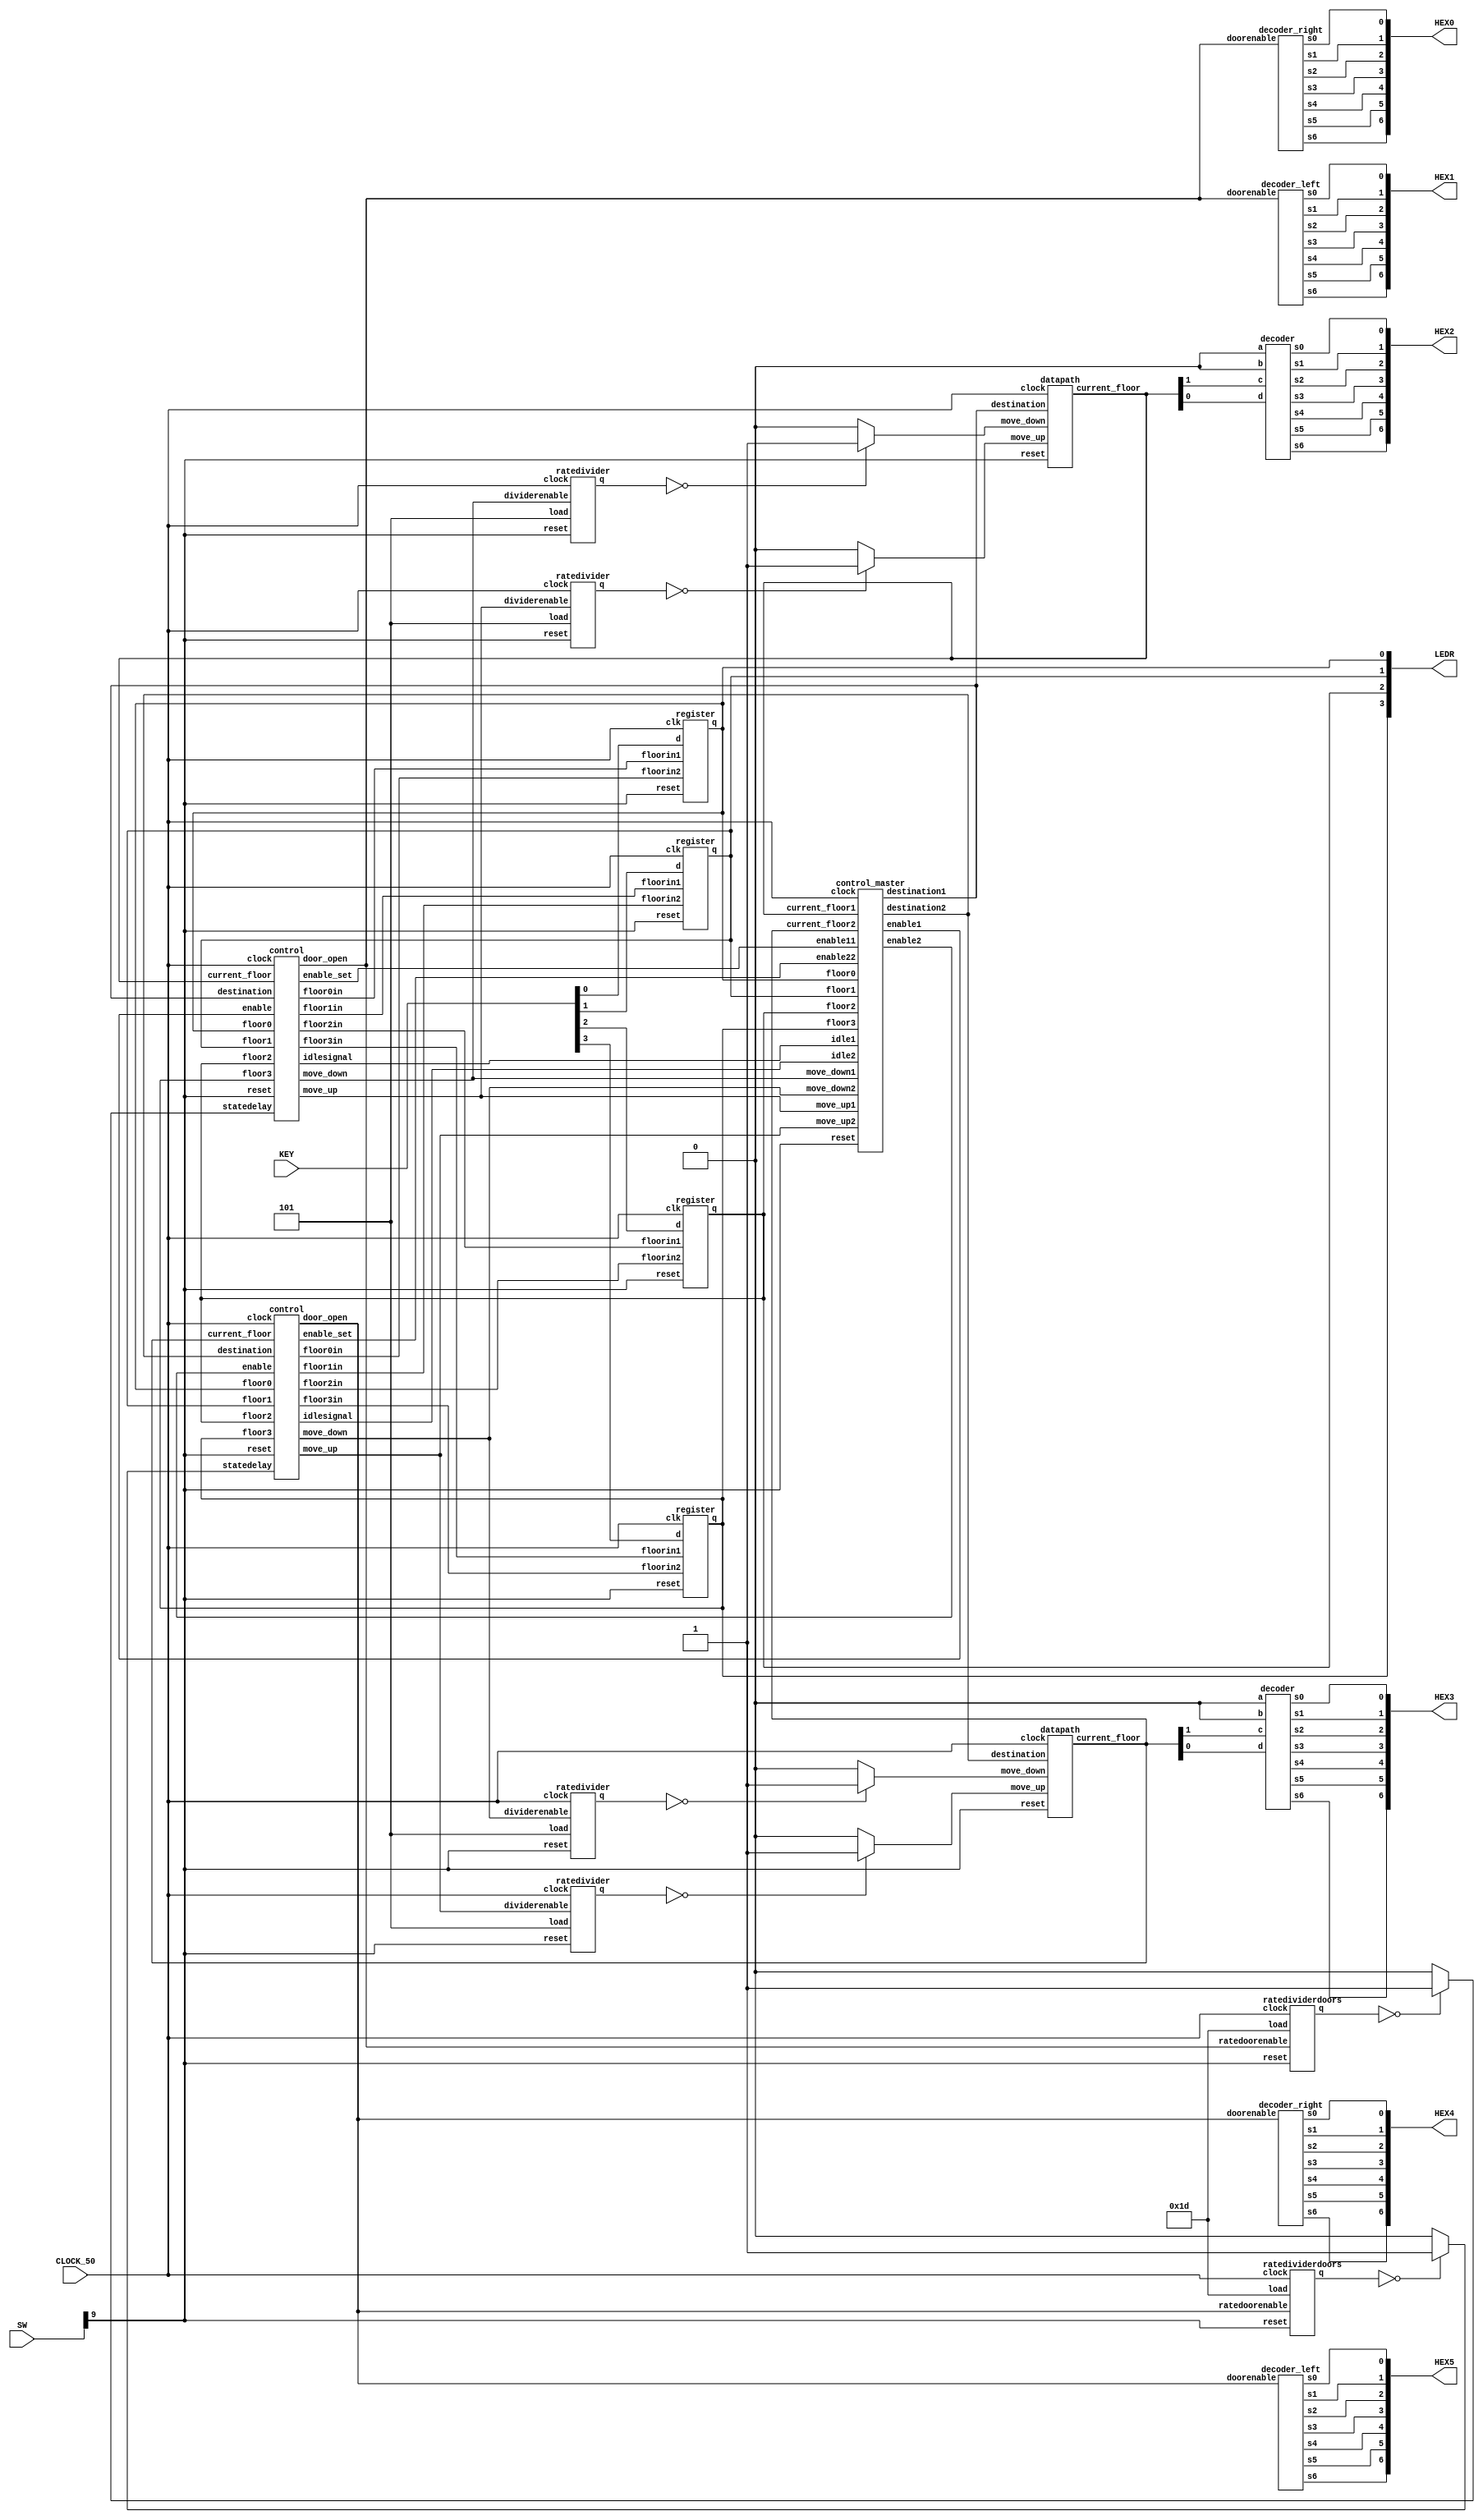
module elevator5(LEDR,SW,KEY, CLOCK_50, HEX2, HEX3,HEX0, HEX1, HEX4, HEX5);

	input [9:0] SW;
   input [3:0] KEY;
	output[9:0] LEDR;
	input CLOCK_50;
	output[6:0] HEX0, HEX1, HEX2, HEX3, HEX4, HEX5;
	wire [1:0] destination1, destination2;
	wire [1:0] current_floor1, current_floor2;

	//wire [25:0] rate_out1,rate_out2;
	wire [2:0] rate_out_up1,rate_out_down1;
	wire [2:0] rate_out_up2,rate_out_down2;

	//wire [27:0] rate_door1;
	wire[4:0] rate_door1, rate_door2;
	wire move_up1, move_down1,door_open1,statedelay1;
	wire move_up2, move_down2,door_open2,statedelay2;
	
	wire enable_11,enable_22;

	wire displayen_up1, displayen_down1;
	wire displayen_up2, displayen_down2;
	
	wire floor0,floor1,floor2,floor3;
	
	wire floor0ine1, floor1ine1, floor2ine1, floor3ine1;
	wire floor0ine2, floor1ine2, floor2ine2, floor3ine2;

	wire control_en1,control_en2;
	wire idle1, idle2;
	
   register fl0(.d(KEY[0]),
	             .floorin1(floor0ine1),
					 .floorin2(floor0ine2),
						 .clk(CLOCK_50),
						 .reset(SW[9]),
						 .q(floor0));
						 
	register fl1(.d(KEY[1]),
		             .floorin1(floor1ine1),
						 .floorin2(floor1ine2),
						 .clk(CLOCK_50),
						 .reset(SW[9]),
						 .q(floor1));
						 
	register fl2(.d(KEY[2]),
						 .floorin1(floor2ine1),
						 .floorin2(floor2ine2),
						 .clk(CLOCK_50),
						 .reset(SW[9]),
						 .q(floor2));
						 
	register fl3(.d(KEY[3]),
		             .floorin1(floor3ine1),
						 .floorin2(floor3ine2),
						 .clk(CLOCK_50),
						 .reset(SW[9]),
						 .q(floor3));
						 
	assign LEDR[0] = floor0;
	assign LEDR[1] = floor1;
	assign LEDR[2] = floor2;
	assign LEDR[3] = floor3;
	
	control c1(.clock(CLOCK_50),
				  .reset(SW[9]),
				  .move_up(move_up1),
				  .move_down(move_down1),
				  .current_floor(current_floor1),
				  .destination(destination1),
				  .door_open(door_open1),
				  .statedelay(statedelay1),
				  .idlesignal(idle1),
				  .enable(control_enable1),
				  .floor0in(floor0ine1),
				  .floor1in(floor1ine1),
				  .floor2in(floor2ine1),
				  .floor3in(floor3ine1),
				  .floor0(floor0),
				  .floor1(floor1),
				  .floor2(floor2),
				  .floor3(floor3),
				  .enable_set(enable_11));
	
	control c2(.clock(CLOCK_50),
				  .reset(SW[9]),
				  .move_up(move_up2),
				  .move_down(move_down2),
				  .current_floor(current_floor2),
				  .destination(destination2),
				  .door_open(door_open2),
				  .statedelay(statedelay2),
				  .idlesignal(idle2),
				  .enable(control_enable2),
				  .floor0in(floor0ine2),
				  .floor1in(floor1ine2),
				  .floor2in(floor2ine2),
				  .floor3in(floor3ine2),
				  .floor0(floor0),
				  .floor1(floor1),
				  .floor2(floor2),
				  .floor3(floor3),
				  .enable_set(enable_22));
				  
	control_master cm(.current_floor1(current_floor1),
							.current_floor2(current_floor2),
							.destination1(destination1),
							.destination2(destination2),
							.idle1(idle1),
							.idle2(idle2),
							.enable1(control_enable1),
							.enable2(control_enable2),
							.floor0(floor0),
							.floor1(floor1),
							.floor2(floor2),
							.floor3(floor3),
							.reset(SW[9]),
							.clock(CLOCK_50),
							.move_up1(move_up1),
							.move_up2(move_up2),
							.move_down1(move_down1),
							.move_down2(move_down2),
							.enable11(enable_11),
							.enable22(enable_22));
							
	ratedivider r0(.dividerenable(move_up1),
						 .clock(CLOCK_50),
					    .reset(SW[9]),
						 .q(rate_out_up1),
						 //.load(26'b1011111010111100001000000));
						 .load(3'b101));
		
	ratedivider r1(.dividerenable(move_down1),
						 .clock(CLOCK_50),
					    .reset(SW[9]),
						 .q(rate_out_down1),
						 //.load(26'b1011111010111100001000000));
						 .load(3'b101));
	
	ratedividerdoors r2(.ratedoorenable(door_open1),
						 .clock(CLOCK_50),
					    .reset(SW[9]),
						 .q(rate_door1),
						 //.load(28'b1000111100001101000110000000));
						 .load(5'b11101));
	
	ratedivider r3(.dividerenable(move_up2),
						 .clock(CLOCK_50),
					    .reset(SW[9]),
						 .q(rate_out_up2),
						 //.load(26'b1011111010111100001000000));
						 .load(3'b101));
		
	ratedivider r4(.dividerenable(move_down2),
						 .clock(CLOCK_50),
					    .reset(SW[9]),
						 .q(rate_out_down2),
						 //.load(26'b1011111010111100001000000));
						 .load(3'b101));
	
	ratedividerdoors r5(.ratedoorenable(door_open2),
						 .clock(CLOCK_50),
					    .reset(SW[9]),
						 .q(rate_door2),
						 //.load(28'b1000111100001101000110000000));
						 .load(5'b11101));
		
	//assign displayen_up = (rate_out1 == 26'b00000000000000000000000000) ? 1'b1 : 1'b0;
	assign displayen_up1 = (rate_out_up1 == 3'b000) ? 1'b1 : 1'b0;
	//assign displayen_down = (rate_out2 == 26'b00000000000000000000000000) ? 1'b1 : 1'b0;
	assign displayen_down1 = (rate_out_down1 == 3'b000) ? 1'b1 : 1'b0;
	
	assign displayen_up2 = (rate_out_up2 == 3'b000) ? 1'b1 : 1'b0;
	assign displayen_down2 = (rate_out_down2 == 3'b000) ? 1'b1 : 1'b0;



	datapath data1(.clock(CLOCK_50),
						.move_up(displayen_up1),
						.move_down(displayen_down1),
						.destination(destination1),
						.current_floor(current_floor1),
						.reset(SW[9]));
	
	datapath data2(.clock(CLOCK_50),
						.move_up(displayen_up2),
						.move_down(displayen_down2),
						.destination(destination2),
						.current_floor(current_floor2),
						.reset(SW[9]));
	
	decoder_right dc0(.doorenable(door_open1),
								 .s0(HEX0[0]),
								 .s1(HEX0[1]),
								 .s2(HEX0[2]),
								 .s3(HEX0[3]),
								 .s4(HEX0[4]),
								 .s5(HEX0[5]),
								 .s6(HEX0[6]));
			
	decoder_left dc1(.doorenable(door_open1),
								 .s0(HEX1[0]),
								 .s1(HEX1[1]),
								 .s2(HEX1[2]),
								 .s3(HEX1[3]),
								 .s4(HEX1[4]),
								 .s5(HEX1[5]),
								 .s6(HEX1[6]));
								 
	decoder dc2(	.a(1'b0),
					   .b(1'b0),
						.c(current_floor1[1]),
						.d(current_floor1[0]),
						.s0(HEX2[0]),
						.s1(HEX2[1]),
						.s2(HEX2[2]),
						.s3(HEX2[3]),
						.s4(HEX2[4]),
						.s5(HEX2[5]),
						.s6(HEX2[6]));
	
	decoder_right dc4(.doorenable(door_open2),
								 .s0(HEX4[0]),
								 .s1(HEX4[1]),
								 .s2(HEX4[2]),
								 .s3(HEX4[3]),
								 .s4(HEX4[4]),
								 .s5(HEX4[5]),
								 .s6(HEX4[6]));
			
	decoder_left dc5(.doorenable(door_open2),
								 .s0(HEX5[0]),
								 .s1(HEX5[1]),
								 .s2(HEX5[2]),
								 .s3(HEX5[3]),
								 .s4(HEX5[4]),
								 .s5(HEX5[5]),
								 .s6(HEX5[6]));
								 
	decoder dc3(	.a(1'b0),
						.b(1'b0),
						.c(current_floor2[1]),
						.d(current_floor2[0]),
						.s0(HEX3[0]),
						.s1(HEX3[1]),
						.s2(HEX3[2]),
						.s3(HEX3[3]),
						.s4(HEX3[4]),
						.s5(HEX3[5]),
						.s6(HEX3[6]));
		
	//assign statedelay = (rate_door1 == 28'b0000000000000000000000000000) ? 1'b1 : 1'b0;
	assign statedelay1 = (rate_door1 == 5'b00000) ? 1'b1 : 1'b0;
	assign statedelay2 = (rate_door2 == 5'b00000) ? 1'b1 : 1'b0;
endmodule

module datapath(clock,move_up,move_down,destination,reset,current_floor);
		input clock,move_up,move_down,reset;
		input [1:0] destination;
		output reg [1:0] current_floor;
	
		always @(posedge clock)
						begin
						  if (reset == 1'b1)
								begin
								current_floor <= 2'b00;
								end
						  else if (move_up == 1'b1 && (current_floor < destination))
									current_floor <= current_floor + 2'b01;
						  else if(move_down == 1'b1 && (current_floor > destination))
									current_floor <= current_floor - 2'b01;				
						end
endmodule

module ratedivider(dividerenable,clock,reset,q,load);
	//input [25:0] load;
	input[2:0] load;
	input dividerenable, clock, reset;
	//output reg [25:0] q;
	output reg [2:0] q;
	
	always @(posedge clock)
	begin
		if (reset == 1'b1)
				q <= load;
		//else if (q == 26'b000000000000000000000000)		
		else if (q == 3'b000)
				q <= load;
		else if (dividerenable == 1'b1)
				q <= q - 1'b1;
	end
endmodule

module decoder(a, b, c, d, s0, s1, s2, s3, s4, s5, s6);

	input a;
	input b;
	input c;
	input d;
	output s0;
	output s1;
	output s2;
	output s3;
	output s4;
	output s5;
	output s6;
	
	//Reduced boolean expression for each segment
		assign s0 = ~a & ~b & ~c & d |
					~a & b & ~c & ~d |
					a & ~b & c & d |
					a & b & ~c & d;
				
		assign s1 =	b & c & ~d |
					a & c & d |
					a & b & ~d |
					~a & b & ~c & d;
					
		assign s2 = a & b & ~d |
					a & b & c |
					~a & ~b & c & ~d;
	
		assign s3 = b & c & d |
					~a & ~b & ~c & d |
					~a & b & ~c & ~d |
					a & ~b & c & ~d;

		assign s4 = ~a & d |
					~b & ~c & d |
					~a & b & ~c;

		assign s5 = ~a & ~b & d |
					~a & ~b & c |
					~a & c & d |
					a & b & ~c & d;
			
		assign s6 = ~a & ~b & ~c |
					~a & b & c & d |
					a & b & ~c & ~d;
			
endmodule

module control(clock,go,reset,destination,current_floor,move_up,move_down,door_open,statedelay,enable_set, idlesignal, floor0in, floor1in,floor2in,floor3in, floor1, floor2, floor3,floor0,enable);
			
			
	 input clock,go,reset,statedelay,enable, floor1,floor2,floor3,floor0;
	 input[1:0] current_floor,destination;
	 output reg move_up,move_down,door_open,idlesignal,floor0in, floor1in,floor2in,floor3in,enable_set;
	 reg[1:0] current_state, next_state;
	 
    localparam idle=3'd0, moveup=3'd1, movedown=3'd2, dooropen=3'd3;
			
    //state table
    always@(*)
    begin
          case(current_state)
                  idle: begin
						   if(destination < current_floor)
								  next_state= movedown;
							else if(destination > current_floor)
								  next_state= moveup;
							else if(current_floor == destination && enable == 1'b1)
								  next_state = dooropen;
							else if (enable == 1'b0) 
							  next_state = idle;
							else
							     next_state = idle;
						end
						moveup: next_state = (current_floor==destination) ? dooropen : moveup;
//						moveup: begin
//							if (current_floor == 2'b00 && floor0 == 1'b1)
//								next_state = dooropen;
//							else if (current_floor == 2'b01 && floor1 == 1'b1)
//								next_state = dooropen;
//							else if (current_floor == 2'b10 && floor2 == 1'b1)
//								next_state = dooropen;
//							else if (current_floor == 2'b11 && floor3 == 1'b1)
//								next_state = dooropen;
//							else
//								next_state = moveup;
//							end
						movedown: next_state = (current_floor==destination) ? dooropen : movedown;
//						movedown: begin
//							if (current_floor == 2'b00 && floor0 == 1'b1)
//								next_state = dooropen;
//							else if (current_floor == 2'b01 && floor1 == 1'b1)
//								next_state = dooropen;
//							else if (current_floor == 2'b10 && floor2 == 1'b1)
//								next_state = dooropen;
//							else if (current_floor == 2'b11 && floor3 == 1'b1)
//								next_state = dooropen;
//							else
//								next_state = movedown;
//							end
						dooropen: next_state = (statedelay==1'b1) ? idle : dooropen;
           endcase
    end
	 
	 //signals for each state
	 always @(*)
	 begin
		 door_open= 1'b0;
		 floor0in = 1'b0;
		 floor1in = 1'b0;
		 floor2in = 1'b0;
		 floor3in = 1'b0;
		 case(current_state)
		     idle:begin
			  	 floor0in = 1'b0;
				 floor1in = 1'b0;
				 floor2in = 1'b0;
				 floor3in = 1'b0;
				 door_open =1'b0;
				 move_up=1'b0;
				 move_down=1'b0;
				 idlesignal = 1'b1;
				 enable_set=1'b0;

			  end
			  moveup:begin
			  	 door_open=1'b0;
			    move_up=1'b1;
				 move_down=1'b0;
				 idlesignal = 1'b0;
				 enable_set=1'b0;
				 
			  end
			  movedown:begin
			  	 door_open=1'b0;
			    move_up=1'b0;
				 move_down=1'b1;
				 idlesignal = 1'b0;
				 enable_set=1'b0;
			
			  end
			  dooropen:begin
			     door_open=1'b1;
				  enable_set=1'b1;
				 
				  if (current_floor == destination)
						move_up=1'b0;
				      move_down=1'b0;
				      idlesignal = 1'b0;
				  if (current_floor== 2'b00 )
					 floor0in = 1'b1;
				  else if (current_floor == 2'b01)
					 floor1in = 1'b1;
				  else if (current_floor == 2'b10)
					 floor2in = 1'b1;
				  else if (current_floor == 2'b11)
					 floor3in = 1'b1;
			  end
		endcase
    end

    //state register
    always@(posedge clock)
    begin
		if(reset) begin
			current_state <= idle;
			end
		else
			current_state <= next_state;
    end
endmodule

module decoder_right(doorenable, s0, s1, s2, s3, s4, s5, s6);
	
	input doorenable;
	output s0;
	output s1;
	output s2;
	output s3;
	output s4;
	output s5;
	output s6;
	reg s1, s2, s4, s5;
	
	assign s0 = 1'b1;
	assign s3 = 1'b1;
	assign s6 = 1'b1;
	
	always @(*)
		begin
		if (doorenable == 1'b1)
		begin
				s1 = 1'b0;		
				s2 = 1'b0;
				s4 = 1'b1;
				s5 = 1'b1;
		end
		else if (doorenable == 1'b0)
		begin
				s1 = 1'b1;		
				s2 = 1'b1;
				s4 = 1'b0;
				s5 = 1'b0;
		end
		end
endmodule

module decoder_left(doorenable, s0, s1, s2, s3, s4, s5, s6);
	
	input doorenable;
	output s0;
	output s1;
	output s2;
	output s3;
	output s4;
	output s5;
	output s6;
	reg s1, s2, s4, s5;
	
	assign s0 = 1'b1;
	assign s3 = 1'b1;
	assign s6 = 1'b1;

	always @(*)
		begin
		if (doorenable == 1'b1)
		begin
				s1 = 1'b1;		
				s2 = 1'b1;
				s4 = 1'b0;
				s5 = 1'b0;
		end
		else if (doorenable == 1'b0)
		begin
				s1 = 1'b0;		
				s2 = 1'b0;
				s4 = 1'b1;
				s5 = 1'b1;
		end
		end
endmodule

module ratedividerdoors(ratedoorenable,clock,reset,q,load);
	//input [27:0] load;
	input [4:0] load;
	input ratedoorenable, clock, reset;
	//output reg [27:0] q;
	output reg [4:0] q;
	
	always @(posedge clock)
	begin
		if (reset == 1'b1)
				q <= load;
		//if (q <= 28'b0000000000000000000000000000)
		if (q <= 5'b00000)
			q <= load;
		else if (ratedoorenable == 1'b1)
				q <= q - 1'b1;
	end
endmodule


module register(d,floorin1, floorin2, reset,clk,q);
	input reset,clk, floorin1, floorin2, d;
	output reg q;
	
	always @(posedge clk)
	begin
	    if (reset == 1'b1)
		     q <= 0;
		 else if (d == 1'b1)
		     q <= d;
		 else if (floorin1 == 1'b1 || floorin2 == 1'b1)
		     q <= 1'b0;
	end
endmodule

module control_master(clock, reset, enable1,enable2,current_floor1,current_floor2,destination1,destination2, idle1, idle2,floor0,floor1,floor2,floor3, move_up1, move_up2, move_down1,move_down2,enable11,enable22);

   input[1:0] current_floor1,current_floor2;
	input floor0, floor1,floor2,floor3, move_up1, move_up2, move_down1,move_down2,enable11,enable22;
	input idle1, idle2, reset, clock;
	output reg enable1, enable2;
   output reg [1:0] destination1, destination2;
	
	
	always@(posedge clock)
	begin
		if (reset == 1'b1)
		   begin
			destination1 <= 2'b00;
			destination2 <= 2'b00;
			enable1 <= 1'b0;
			enable2 <= 1'b0;
			end
		if (floor0 == 1'b1 && (idle1==1'b1 || idle2==1'b1))
		begin
			if (idle1==1'b1 && idle2==1'b1 && current_floor1 == destination1 && current_floor2 == destination2)
			begin
				if(current_floor1 > current_floor2)
				begin
				   enable2 <= 1'b1;
					destination2 <= 2'b00;
				end
				else
				begin
					enable1 <= 1'b1;
					destination1 <= 2'b00;
				end
			end
			else if (idle1 == 1'b1 && destination2 != 2'b00 && current_floor1 == destination1)
				begin
				enable1 <= 1'b1;
				destination1 <=2'b00;
				end
			else if (idle2 == 1'b1 && destination1 != 2'b00 && current_floor2 == destination2)
				begin
				enable2 <= 1'b1;
				destination2 <=2'b00;
				end
			end
		if (floor1 == 1'b1 && (idle1==1'b1 || idle2==1'b1))
		begin
			if (idle1==1'b1 && idle2==1'b1 && current_floor1 == destination1 && current_floor2 == destination2)
			begin
				if(current_floor1 == 2'b01)
				begin
				enable1 <= 1'b1;
				destination1 <= 2'b01;
				end
				else if(current_floor2 == 2'b01)
				begin
				enable2 <= 1'b1;
				destination2 <= 2'b01;
				end
				else if(current_floor1 == 2'b00 || current_floor1 == 2'b10)
				begin
				enable1 <= 1'b1;
				destination1 <= 2'b01;
				end
				else if(current_floor2 == 2'b00 || current_floor2 == 2'b10)
				begin
				enable2 <= 1'b1;
				destination2 <= 2'b01;
				end
			   else
				begin
				enable1 <= 1'b1;
				destination1 <= 2'b01;
				end
			end
			else if (idle1 == 1'b1 && destination2 != 2'b01 && current_floor1 == destination1)
				begin
				enable1 <= 1'b1;
				destination1 <=2'b01;
				end
			else if (idle2 == 1'b1 && destination1 != 2'b01 && current_floor2 == destination2)
				begin
				enable2 <= 1'b1;
				destination2 <=2'b01;
				end
		end
		if (floor2 == 1'b1 && (idle1==1'b1 || idle2==1'b1))
			begin
			if (idle1==1'b1 && idle2==1'b1 && current_floor1 == destination1 && current_floor2 == destination2)
			begin
				if(current_floor1 == 2'b10)
				begin
				enable1 <= 1'b1;
				destination1 <= 2'b10;
				end
				else if(current_floor2 == 2'b10)
				begin
				enable2 <= 1'b1;
				destination2 <= 2'b10;
				end
				else if(current_floor1 == 2'b01 || current_floor1 == 2'b11)
				begin
				enable1 <= 1'b1;
				destination1 <= 2'b10;
				end
				else if(current_floor2 == 2'b01 || current_floor2 == 2'b11)
				begin
				enable2 <= 1'b1;
				destination2 <= 2'b10;
				end
			   else
				begin
				enable1 <= 1'b1;
				destination1 <= 2'b10;
				end
			end
			else if (idle1 == 1'b1 && destination2 != 2'b10 && current_floor1 == destination1)
				begin
				enable1 <= 1'b1;
				destination1 <=2'b10;
				end
			else if (idle2 == 1'b1 && destination1 != 2'b10 && current_floor2 == destination2)
					begin
					enable2 <= 1'b1;
					destination2 <=2'b10;
					end
			end
		if (floor3 == 1'b1 && (idle1==1'b1 || idle2==1'b1))
			begin
			if (idle1==1'b1 && idle2==1'b1 && current_floor1 == destination1 && current_floor2 == destination2)
			begin
				if(current_floor1 > current_floor2)
				begin
				   enable1 <= 1'b1;
					destination1 <= 2'b11;
				end
				else
				begin
					enable2 <= 1'b1;
					destination2 <= 2'b11;
				end
			end
			else if (idle1 == 1'b1 && destination2 != 2'b11 && current_floor1 == destination1)
				begin
				enable1 <= 1'b1;
				destination1 <=2'b11;
				end
			else if (idle2 == 1'b1 && destination1 != 2'b11 && current_floor2 == destination2)
				begin
				enable2 <= 1'b1;
				destination2 <= 2'b11;
				end
			end
		
		if (current_floor1 == destination1 && enable11==1'b1)
			enable1 <= 1'b0;
		if (current_floor2 == destination2 &&enable22==1'b1 )
			enable2 <=1'b0;
			
	end
endmodule


//	always@(*)
//	begin
//		if(current_floor1 < destination && current_floor2 < destination && current_floor1 < current_floor2)
//			control_en2 <= 1'b1;
//		else if(current_floor1 < destination && current_floor2 < destination && current_floor1 > current_floor2)
//			control_en1 <= 1'b1;
//		else if(current_floor1 > destination && current_floor2 > destination && current_floor1 < current_floor2)
//			control_en1 <= 1'b1;
//		else if(current_floor1 > destination && current_floor2 > destination && current_floor1 > current_floor2)
//			control_en2 <= 1'b1;
//		else if(current_floor1 > destination && current_floor2 < destination)
//		begin 
//			if((current_floor1 - destination) > (destination - current_floor2))
//			  control_en2<=1'b1;
//			else
//			  control_en1<=1'b1;
//		end
//		else if(current_floor1 < destination && current_floor2 > destination)
//		begin 
//			if((current_floor2 - destination) > (destination - current_floor1))
//			  control_en1<=1'b1;
//			else
//			  control_en2<=1'b1;
//		end
//  end